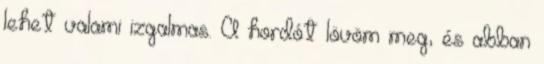
lehet valami izgalmas. A hordót lövöm meg, és abban